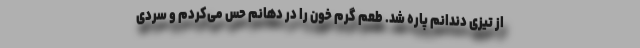
از تیزی دندانم پاره شد. طعم گرم خون را در دهانم حس می‌کردم و سردی